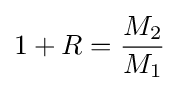
1+R={\frac {M_{2}}{M_{1}}}